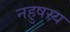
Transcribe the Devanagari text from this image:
नहुषस्य